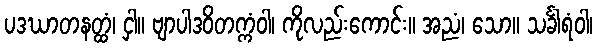
ပဒဃာတနတ္ထံ၊ ငှါ။ ဗျာပါဒဝိတက္ကံဝါ၊ ကိုလည်းကောင်း။ အညံ၊ သော။ သင်္ခါရံဝါ၊